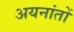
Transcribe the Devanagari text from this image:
अयनांतों